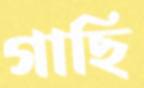
গাছি